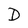
Character: D